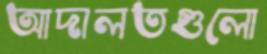
আদালতগুলো